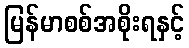
မြန်မာစစ်အစိုးရနှင့်